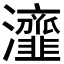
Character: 𤅈